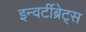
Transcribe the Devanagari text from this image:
इन्वर्टीब्रेट्स